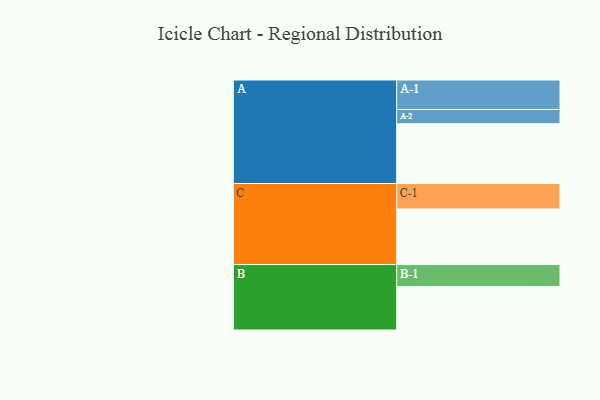
{"axis": {"x": "Segment", "y": "Value"}, "legend": ["", "A", "B", "C"], "data": [{"x": "A", "y": 519, "type": ""}, {"x": "B", "y": 378, "type": ""}, {"x": "C", "y": 483, "type": ""}, {"x": "A-1", "y": 256, "type": "A"}, {"x": "A-2", "y": 124, "type": "A"}, {"x": "B-1", "y": 190, "type": "B"}, {"x": "C-1", "y": 221, "type": "C"}]}